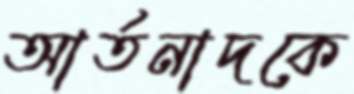
আর্তনাদকে